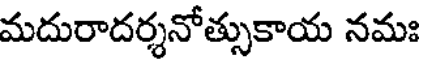
మదురాదర్శనోత్సుకాయ నమః